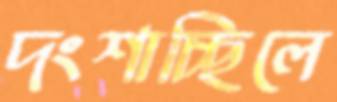
দংশাচ্ছিলে